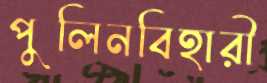
পুলিনবিহারী